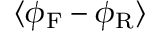
\langle \phi _ { \mathrm { F } } - \phi _ { \mathrm { R } } \rangle